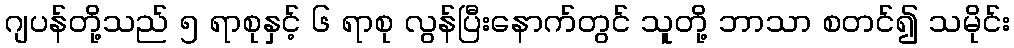
ဂျပန်တို့သည် ၅ ရာစုနှင့် ၆ ရာစု လွန်ပြီးနောက်တွင် သူတို့ ဘာသာ စတင်၍ သမိုင်း